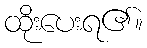
ထိုးပေးရ၏။